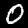
Digit: 0